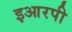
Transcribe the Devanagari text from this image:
इआरपी